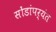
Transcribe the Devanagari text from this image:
सोंडांपर्यंत